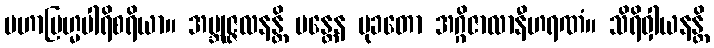
မဟာဗြဟ္မပါရိစရိယာ။ အဗ္ဘုဇ္ဇလနန္တိ မန္တေန မုခတော အဂ္ဂိဇာလာနီဟရဏံ။ သိရိဝှါယနန္တိ